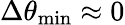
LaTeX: \Delta\theta_{\mathrm{{min}}}\approx 0